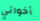
أخواتي